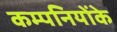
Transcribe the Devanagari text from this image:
कम्पनियोंके